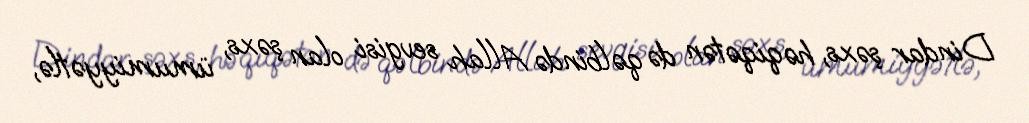
Dindar şəxs, həqiqətən də qəlbində Allah sevgisi olan şəxs, ümumiyyətlə,